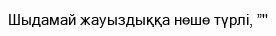
Шыдамай жауыздыққа неше түрлі, ”''